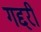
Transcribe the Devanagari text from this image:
गद्दरी